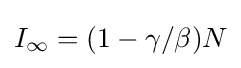
I_{\infty }=(1-\gamma /\beta )N